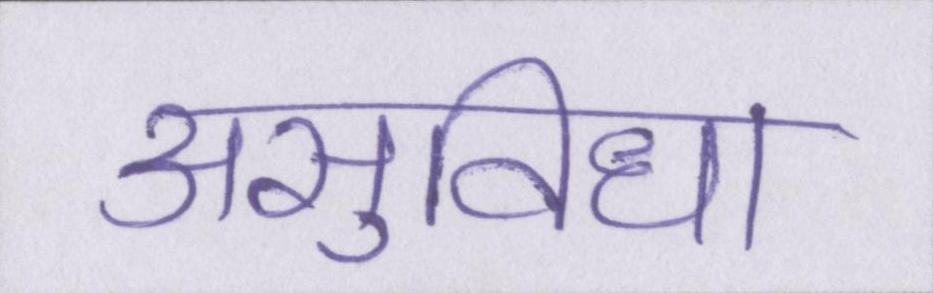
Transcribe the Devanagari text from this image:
असुविधा